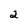
Character: 2